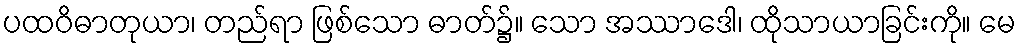
ပထဝိဓာတုယာ၊ တည်ရာ ဖြစ်သော ဓာတ်၌။ သော အဿာဒေါ၊ ထိုသာယာခြင်းကို။ မေ